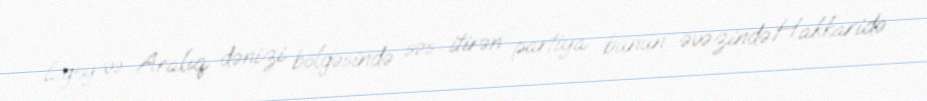
Egey və Aralıq dənizi bölgəsində səs itirən partiya bunun əvəzində Hakkaridə